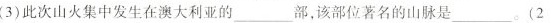
(3)此次山火集中发生在澳大利亚的___部，该部位著名的山脉是___。(2